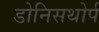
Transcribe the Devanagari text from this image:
डोनिसथोर्प